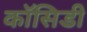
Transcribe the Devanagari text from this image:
कॉसिडी